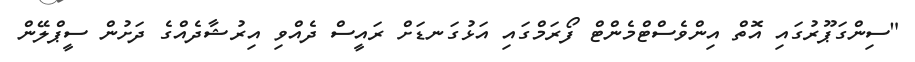
"ސިންގަޕޫރުގައި އޮތް އިންވެސްޓްމެންޓް ފޯރަމްގައި އަޅުގަނޑަށް ރައީސް ދެއްވި އިރުޝާދެއްގެ ދަށުން ސީޕްލޭން